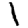
Digit: 1